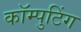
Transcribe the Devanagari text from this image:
कॉम्पुटिंग